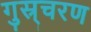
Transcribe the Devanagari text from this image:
गुस्र्चरण